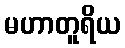
မဟာတူရိယ